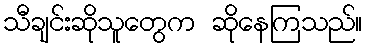
သီချင်းဆိုသူတွေက ဆိုနေကြသည်။